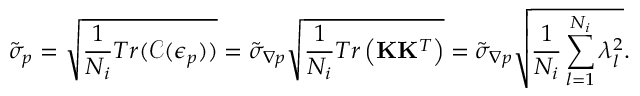
\tilde { \sigma } _ { p } = \sqrt { \frac { 1 } { N _ { i } } T r ( \mathcal { C } ( \boldsymbol { \epsilon } _ { p } ) ) } = \tilde { \sigma } _ { \boldsymbol { \nabla } p } \sqrt { \frac { 1 } { N _ { i } } T r \left( \mathbf { K } \mathbf { K } ^ { T } \right) } = \tilde { \sigma } _ { \boldsymbol { \nabla } p } \sqrt { \frac { 1 } { N _ { i } } \sum _ { l = 1 } ^ { N _ { i } } \lambda _ { l } ^ { 2 } } .